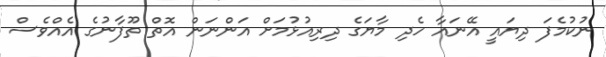
ނުކުމެފަ ދިޔައީ އޭނައާ ހެދި މާޔަގެ ދިރިއުޅުމަށް އަންނަން އޮތް ތޫފާނުގެ އެއްވެސް